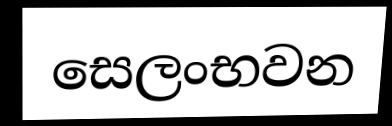
සෙලංභවන